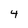
Character: 4